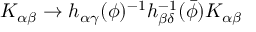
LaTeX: K _ { \alpha \beta } \rightarrow h _ { \alpha \gamma } ( \phi ) ^ { - 1 } h _ { \beta \delta } ^ { - 1 } ( { \bar { \phi } } ) K _ { \alpha \beta }